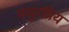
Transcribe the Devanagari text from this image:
मधुरप्रिय